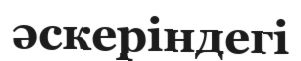
әскеріндегі